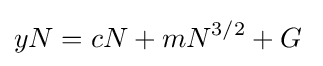
yN=cN+mN^{3/2}+G\;